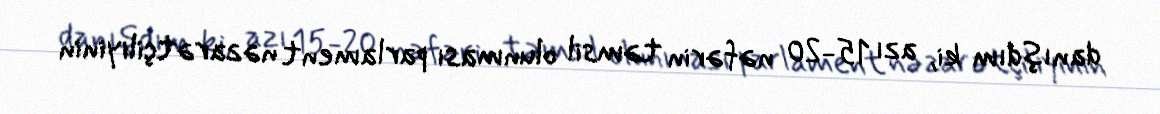
danışdım ki, azı 15-20 nəfərin təmsil olunması parlament nəzarətçiliyinin